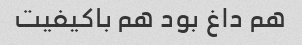
هم داغ بود هم باکیفیت